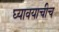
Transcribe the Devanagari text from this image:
घ्यावयाचीच